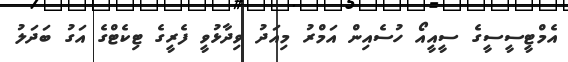
އެމްޓީސީސީގެ ސީއީއޯ ހުސެއިން އަމްރު މިއަދު ވިދާޅުވީ ފެރީގެ ޓިކެޓްގެ އަގު ބަދަލު